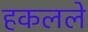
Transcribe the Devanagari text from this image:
हकलले